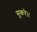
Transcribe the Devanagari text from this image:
सूकरे।।